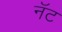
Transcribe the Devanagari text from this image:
नॅट